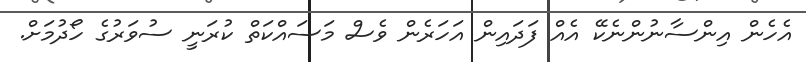
އެހެން އިންސާނުންނެކޭ އެއް ފަދައިން އަހަރެން ވެސް މަސައްކަތް ކުރަނީ ސުވަރުގެ ހޯދުމަށް.